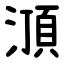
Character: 㴿